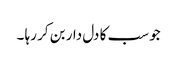
جو سب کا دل دار بن کر رہا ۔